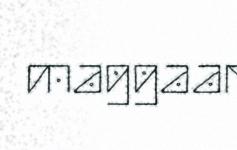
maggaar